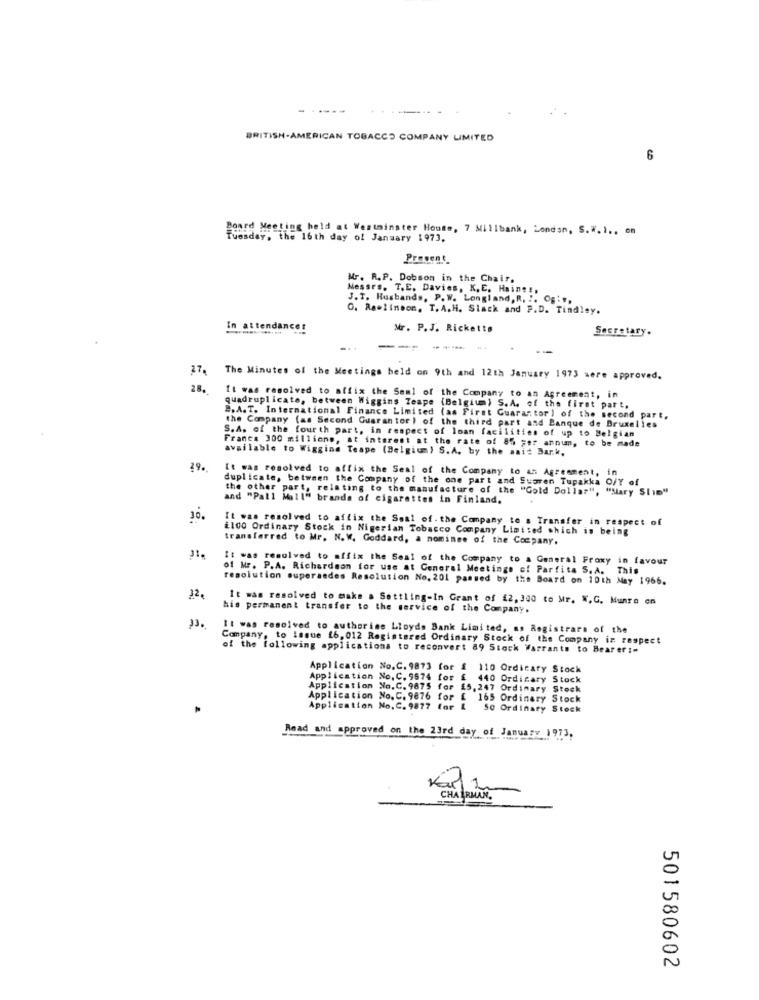
BRITISH-AMERICAN TOBACCO COMPANY LIMITED
6
Board Meeting held at Westminster House, 7 Millbank, London, S.W. 1 .. on
Tuesday, the 16th day of January 1973.
Prevent
Mr. R.P. Dobson in the Chair.
Nessrs. T.E. Davies, K,E. Haine !,
J.T. Husbands, P. W. Longland, R. ". Og :",
O. Rawlinson, T. A.H. Slack and P.D. Tindley.
attendance:
Mr. P.J. Ricketts
Secretary.
---
--- --
27.
The Minutes of the Meetings beld on 9th and 12th January 1973 were approved.
28.
It was resolved to affix the Seal of the Company to an Agreement, in
quadruplicate, between Wiggins Teape (Belgium) S.A. of the first part.
B.A.T. International Finance Limited (as First Guarantor) of the second part.
S.A. of the fourth part, in respect of loan facilities of up to Belgia
the Company (as Second Guarantor ) of the third part and Banque de Bruxelles
Franca 300 millions, at interest at the rate of 85 per annum, to be made
available to Wiggins Teape (Belgium) S.A. by the wait Bark.
29.
It was resolved to affix the Seal of the Company to an: Agreement, in
duplicate, between the Company of the one part and Suoren Tupakka O/Y of
the other part, relating to the manufacture of the "Gold Dollar", "Mary Slim"
and "Pall Mall" brands of cigarettes in Finland.
30.
It was resolved to affix the Seal of. the Company to a Transfer in respect of
£100 Ordinary Stock in Nigerian Tobacco Company Limited which is being
transferred to Mr. N. W. Goddard, a nominee of the Company.
31.
It was resolved to affix the Seal of the Company to a General Froxy in favour
of Mr. P.A. Richardson for use at General Meetings of Partita S. A. This
resolution superaedes Resolution No. 201 passed by the Board on 10th May 1966.
22.
It was resolved to make . Settling-In Grant of £2, 300 to Mr. W.G. Munro on
his permanent transfer to the service of the Company.
It was resolved to authorine Lloyds Bank Limited, as Registrare of the
Company, to Issue 16, 012 Registered Ordinary Stock of the Company in respect
of the following applications to reconvert 89 Stock Warrants to Bearer :=
Application No.C. 9873 for £ 110 Ordinary Stock
Application No. C. 9574 for £ 440 Ordinary Stock
Application No.C. 9875 for £5, 247 Ordinary Stock
Application No. C. 9876 for £ 165 Ordinary Stock
Application No.C. 9877 for & So Ordinary Stock
Read and approved on the 23rd day of January 1973,
CHA
CHAIRMAN .
501580602